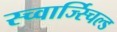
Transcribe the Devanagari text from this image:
स्च्वार्ज्स्चिल्ड